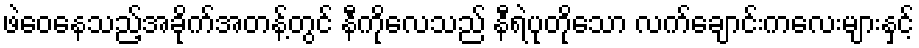
ဖဲဝေနေသည့်အခိုက်အတန့်တွင် နီကိုလေသည် နီရဲပုတိုသော လက်ချောင်းကလေးများနှင့်